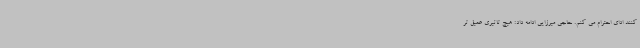
کنند ادای احترام می کنم. حاجی میرزایی ادامه داد: هیچ تاثیری عمیق تر